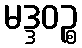
မဒ္ဒဝဉ္စ